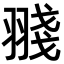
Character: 䎒